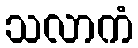
သလာကံ